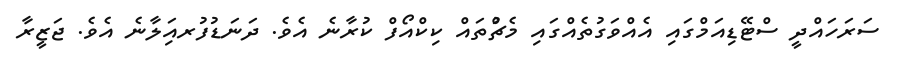
ސަރަހައްދީ ސްޓޭޑިއަމްގައި އެއްވަގުތެއްގައި މެޗްުތައް ކިކްއޯފް ކުރާނެ އެވެ. ދަނަޑުފުރއަިލާނެ އެވެ. ޖަޒީރާ